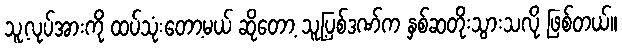
သူ့လုပ်အားကို ထပ်သုံးတော့မယ် ဆိုတော့ သူ့ပြစ်ဒဏ်က နှစ်ဆတိုးသွားသလို ဖြစ်တယ်။